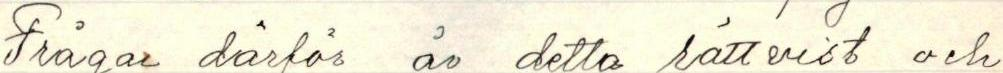
Frågar därför är detta rättvist och